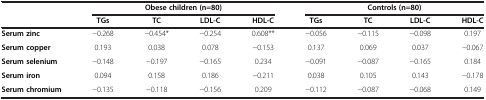
<table><thead><tr><td rowspan="2"><b> </b></td><td colspan="4"><b>Obese children (n=80)</b></td><td colspan="4"><b>Controls (n=80)</b></td></tr><tr><td><b>TGs</b></td><td><b>TC</b></td><td><b>LDL-C</b></td><td><b>HDL-C</b></td><td><b>TGs</b></td><td><b>TC</b></td><td><b>LDL-C</b></td><td><b>HDL-C</b></td></tr></thead><tbody><tr><td><b>Serum zinc</b></td><td>−0.268</td><td>−0.454*</td><td>−0.254</td><td>0.608**</td><td>−0.056</td><td>−0.115</td><td>−0.098</td><td>0.197</td></tr><tr><td><b>Serum copper</b></td><td>0.193</td><td>0.038</td><td>0.078</td><td>−0.153</td><td>0.137</td><td>0.069</td><td>0.037</td><td>−0.067</td></tr><tr><td><b>Serum selenium</b></td><td>−0.148</td><td>−0.197</td><td>−0.165</td><td>0.234</td><td>−0.091</td><td>−0.087</td><td>−0.165</td><td>0.184</td></tr><tr><td><b>Serum iron</b></td><td>0.094</td><td>0.158</td><td>0.186</td><td>−0.211</td><td>0.038</td><td>0.105</td><td>0.143</td><td>−0.178</td></tr><tr><td><b>Serum chromium</b></td><td>−0.135</td><td>−0.118</td><td>−0.156</td><td>0.209</td><td>−0.112</td><td>−0.087</td><td>−0.068</td><td>0.149</td></tr></tbody></table>